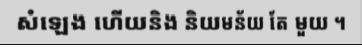
សំឡេង ហើយនិង និយមន័យ តែ មួយ ។